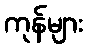
ကုန်များ